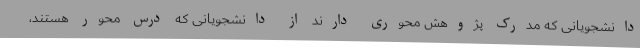
دانشجویانی که مدرک پژوهش محوری دارند از دانشجویانی که درس محور هستند،